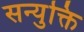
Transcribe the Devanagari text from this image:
सन्युक्ति